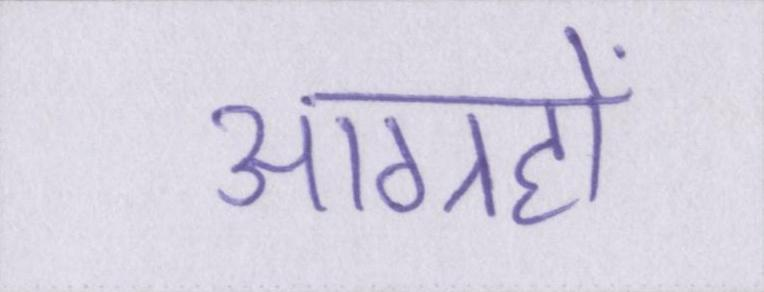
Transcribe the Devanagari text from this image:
आग्रहों